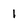
Character: 1